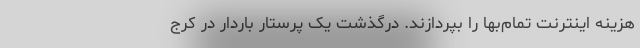
هزینه اینترنت تمام‌بها را بپردازند. درگذشت یک پرستار باردار در کرج